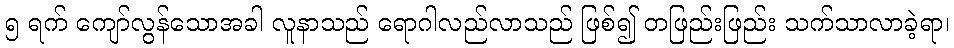
၅ ရက် ကျော်လွန်သောအခါ လူနာသည် ရောဂါလည်လာသည် ဖြစ်၍ တဖြည်းဖြည်း သက်သာလာခဲ့ရာ၊